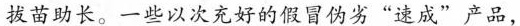
拔苗助长。一些以次充好的假冒伪劣”速成”产品，